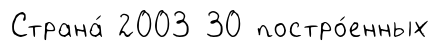
Страна́ 2003 30 постро́енных